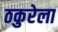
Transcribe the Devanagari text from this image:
ठकुरेला